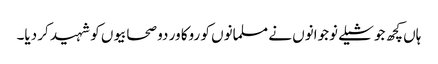
ہاں کچھ جوشیلے نوجوانوں نے مسلمانوں کو روکا ور دو صحابیوں کو شہید کر دیا۔